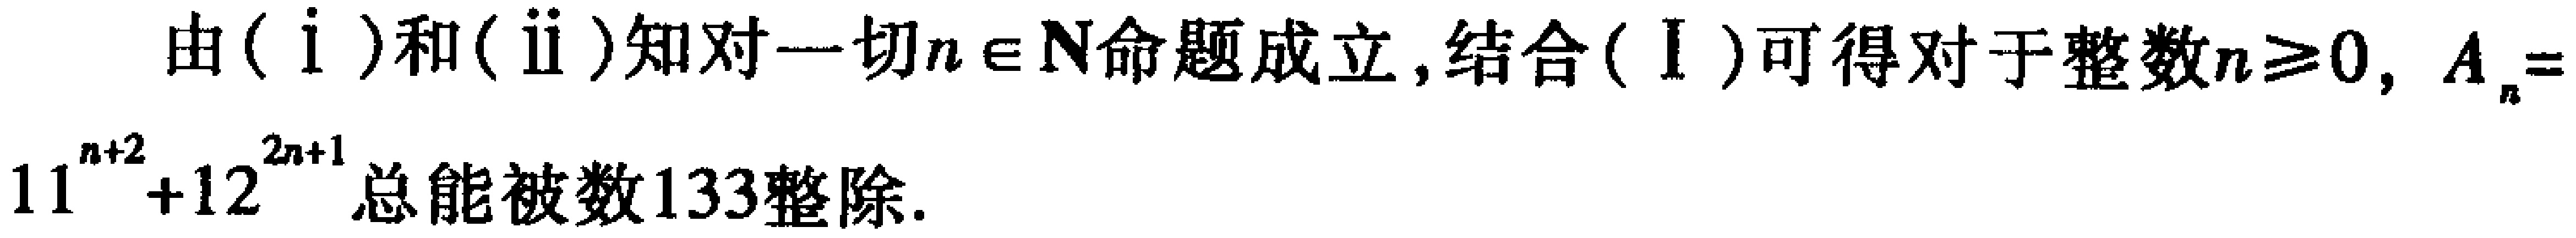
由$(\mathrm{i})$和$(\mathrm{ii})$知对一切$n \in \mathbb{N}$命题成立，结合$(\mathrm{I})$可得对于整数$n\geq0$，$A_{n} = 11^{n + 2}+12^{2n + 1}$总能被数$133$整除.